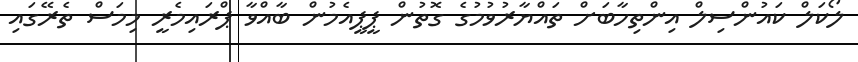
ލޯކަލް ކައުންސިލް އިންތިހާބަށް ތައްޔާރުވުމުގެ ގޮތުން ޕީޕީއެމުން ބާއްވާ ޕްރައިމެރީ މިމަސް ތެރޭގައި